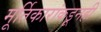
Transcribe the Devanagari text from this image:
मूर्तिकारांकडूनही